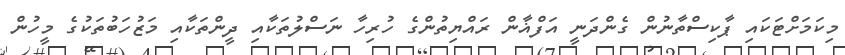
މިކަމަށްޓަކައި ޕާކިސްތާނުން ގެންދަނީ އަފްޣާން ރައްޔިތުންގެ ހުރިހާ ނަސްލުތަކާއި ދީންތަކާއި މަޒުހަބުތަކުގެ މީހުން